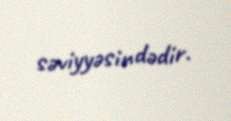
səviyyəsindədir.